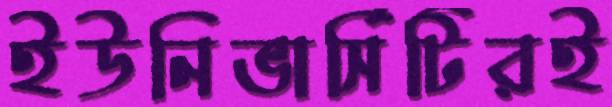
ইউনিভার্সিটিরই